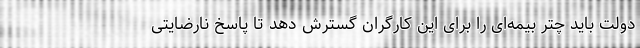
دولت باید چتر بیمه‌ای را برای این کارگران گسترش دهد تا پاسخ نارضایتی